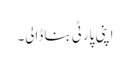
اپنی پارٹی بنا ڈالی۔